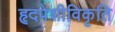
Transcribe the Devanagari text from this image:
हृदपेशीविकृति